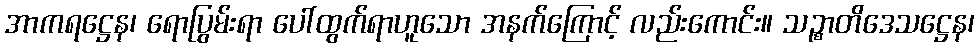
အာကရဋ္ဌေန၊ ရောပြွမ်းရာ ပေါ်ထွက်ရာဟူသော အနက်ကြောင့် လည်းကောင်း။ သဉ္စာတိဒေသဋ္ဌေန၊